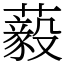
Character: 藙